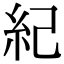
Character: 紀